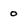
Character: 0